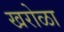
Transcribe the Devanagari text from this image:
खरोळा